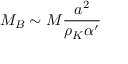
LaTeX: M _ { B } \sim M \frac { a ^ { 2 } } { \rho _ { K } \alpha ^ { \prime } }